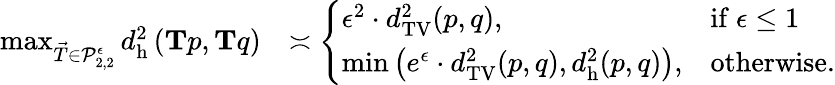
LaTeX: \begin{array}{rl}{\operatorname*{max}_{\vec{T}\in\mathcal{P}_{2,2}^{\epsilon}}d_{\mathrm{h}}^{2}\left(\mathbf{T}p,\mathbf{T}q\right)}&{\asymp\left\{ \begin{array}{ll}{\epsilon^{2}\cdot d_{\mathrm{TV}}^{2}(p,q),}&{\mathrm{if~}\epsilon\leq 1}\\ {\operatorname*{min}\left(e^{\epsilon}\cdot d_{\mathrm{TV}}^{2}(p,q),d_{\mathrm{h}}^{2}(p,q)\right),}&{\mathrm{otherwise.}}\end{array}\right.}\end{array}